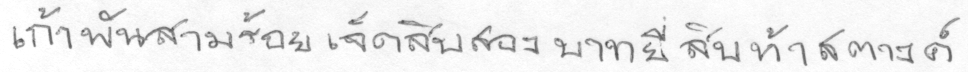
เก้าพันสามร้อยเจ็ดสิบสองบาทยี่สิบห้าสตางค์